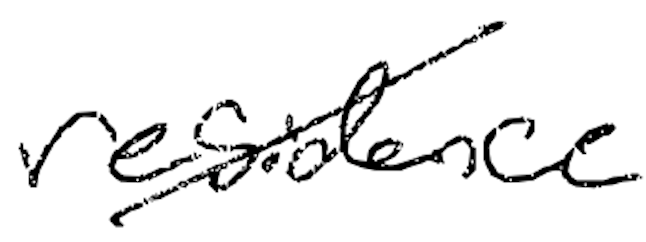
Text: residence
Cross-out: diagonal
Writing tool: digital_black